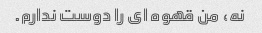
نه، من قهوه ای را دوست ندارم.